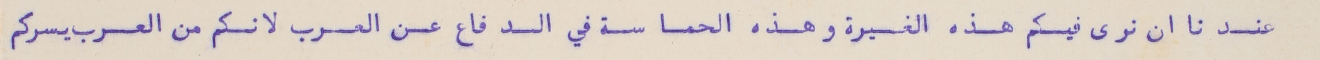
عندنا ان نرى فيكم هذه الغيرة وهذه الحماسة في الدفاع عن العرب لانكم من العرب يسركم